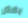
بعض